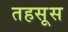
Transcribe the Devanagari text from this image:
तहसूस